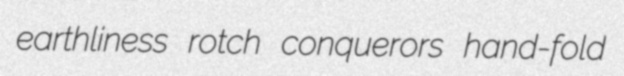
earthliness rotch conquerors hand-fold